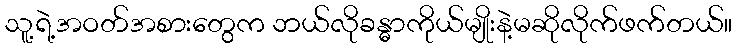
သူ့ရဲ့အဝတ်အစားတွေက ဘယ်လိုခန္ဓာကိုယ်မျိုးနဲ့မဆိုလိုက်ဖက်တယ်။